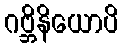
ဂဗ္ဘိနိယောပိ